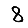
Digit: 8